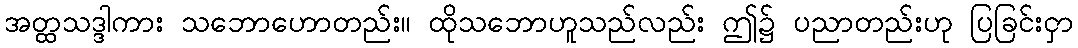
အတ္ထသဒ္ဒါကား သဘောဟောတည်း။ ထိုသဘောဟူသည်လည်း ဤ၌ ပညာတည်းဟု ပြခြင်းငှာ